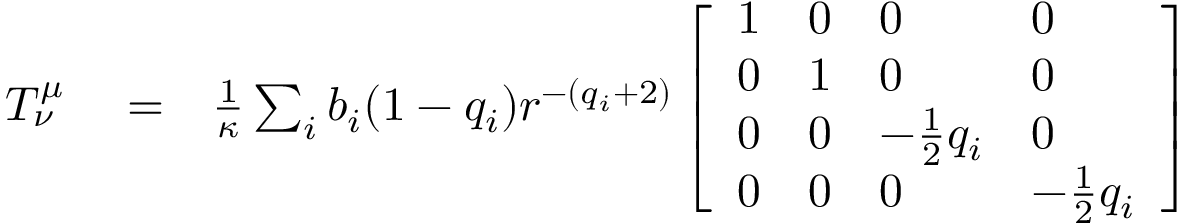
\begin{array} { r l r } { T _ { \nu } ^ { \mu } } & { { } = } & { \frac { 1 } { \kappa } \sum _ { i } b _ { i } ( 1 - q _ { i } ) r ^ { - ( q _ { i } + 2 ) } \left[ \begin{array} { l l l l } { 1 } & { 0 } & { 0 } & { 0 } \\ { 0 } & { 1 } & { 0 } & { 0 } \\ { 0 } & { 0 } & { - \frac { 1 } { 2 } q _ { i } } & { 0 } \\ { 0 } & { 0 } & { 0 } & { - \frac { 1 } { 2 } q _ { i } } \end{array} \right] } \end{array}